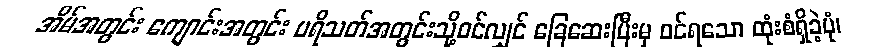
အိမ်အတွင်း ကျောင်းအတွင်း ပရိသတ်အတွင်းသို့ဝင်လျှင် ခြေဆေးပြီးမှ ဝင်ရသော ထုံးစံရှိခဲ့ပုံ၊